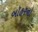
બૉહરનો